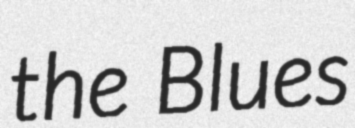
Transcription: the Blues